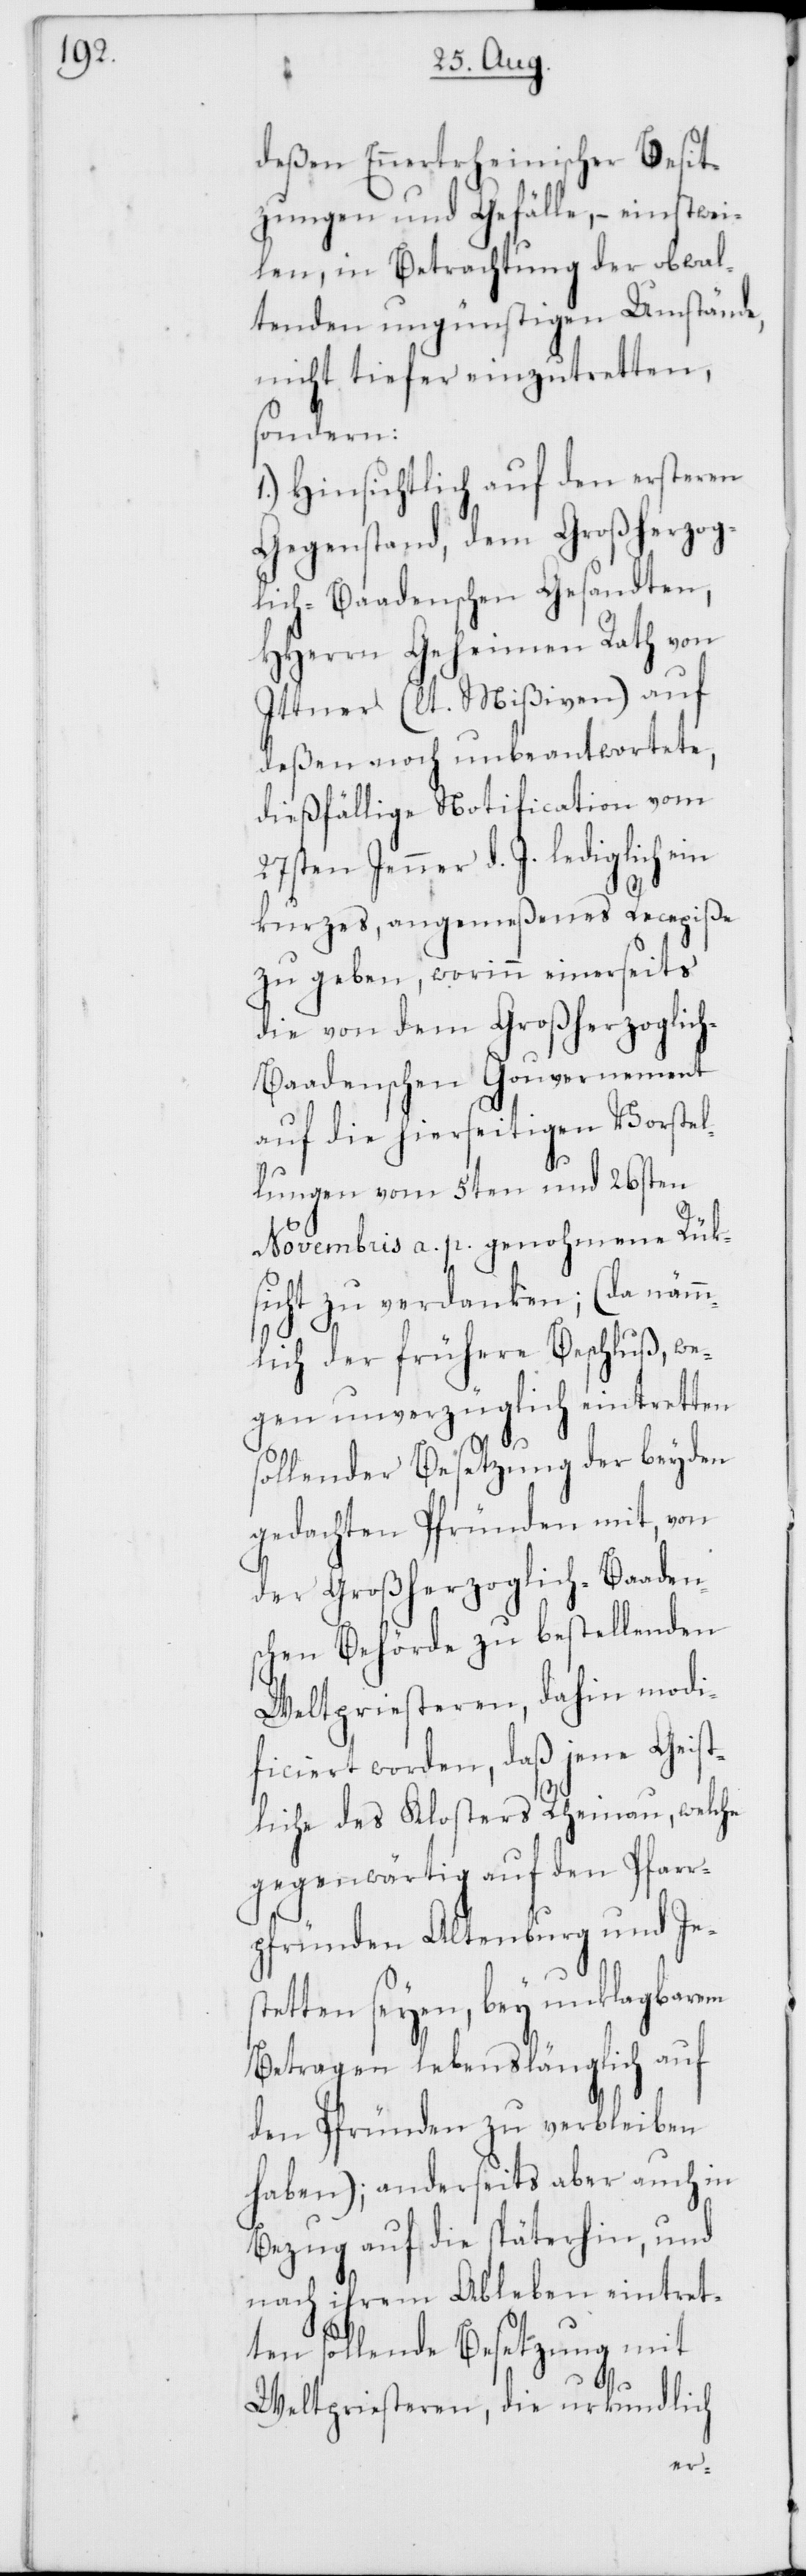
deßen Ennertrheinischer Besit¬
zungen und Gefälle, – einstwei¬
len, in Betrachtung der obwal¬
tenden ungünstigen Umstände,
nicht tiefer einzutretten,
sondern:
1.) Hinsichtlich auf den ersteren
Gegenstand, dem Großherzog¬
lich-Baadenschen Gesandten,
HHerrn Geheimen Rath von
Ittner (lt. Mißiven) auf
deßen noch unbeantwortete,
dießfällige Notification vom
Jenner d. J. lediglich
kurzes, angemeßenes Recepiße
zu geben, worinn einerseits
die von dem Großherzoglic¬
h-Baadenschen Gouvernement
auf die hierseitigen Vorstel¬
lungen vom 5ten und 26sten
Novembris a. p. genohmene Rük¬
sicht zu verdanken; (da nämm¬
lich der frühere Beschluß, we¬
gen unverzüglich eintretten
sollender Besetzung der beyden
gedachten Pfründen mit, von
der Großherzoglich-Baaden¬
schen Behörde zu bestellenden
Weltpriesteren, dahin modi¬
ficiert worden, daß jene Geist¬
liche des Klosters Rheinau, welche
gegenwärtig auf den Pfarr¬
pfründen Altenburg und Jes¬
tetten seyen, bey unklagbarem
Betragen lebenslänglich auf
den Pfründen zu verbleiben
haben); anderseits aber auch in
Bezug auf die späterhin, und
nach ihrem Ableben eintret¬
ten sollende Besetzung mit
Weltpriesteren, die urkundlich